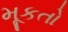
મૂકતો